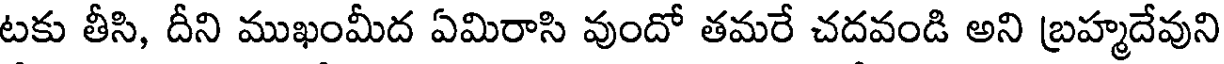
టకు తీసి, దీని ముఖంమీద ఏమిరాసి వుందో తమరే చదవండి అని బ్రహ్మదేవుని